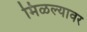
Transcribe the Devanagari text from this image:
मिळल्यावर